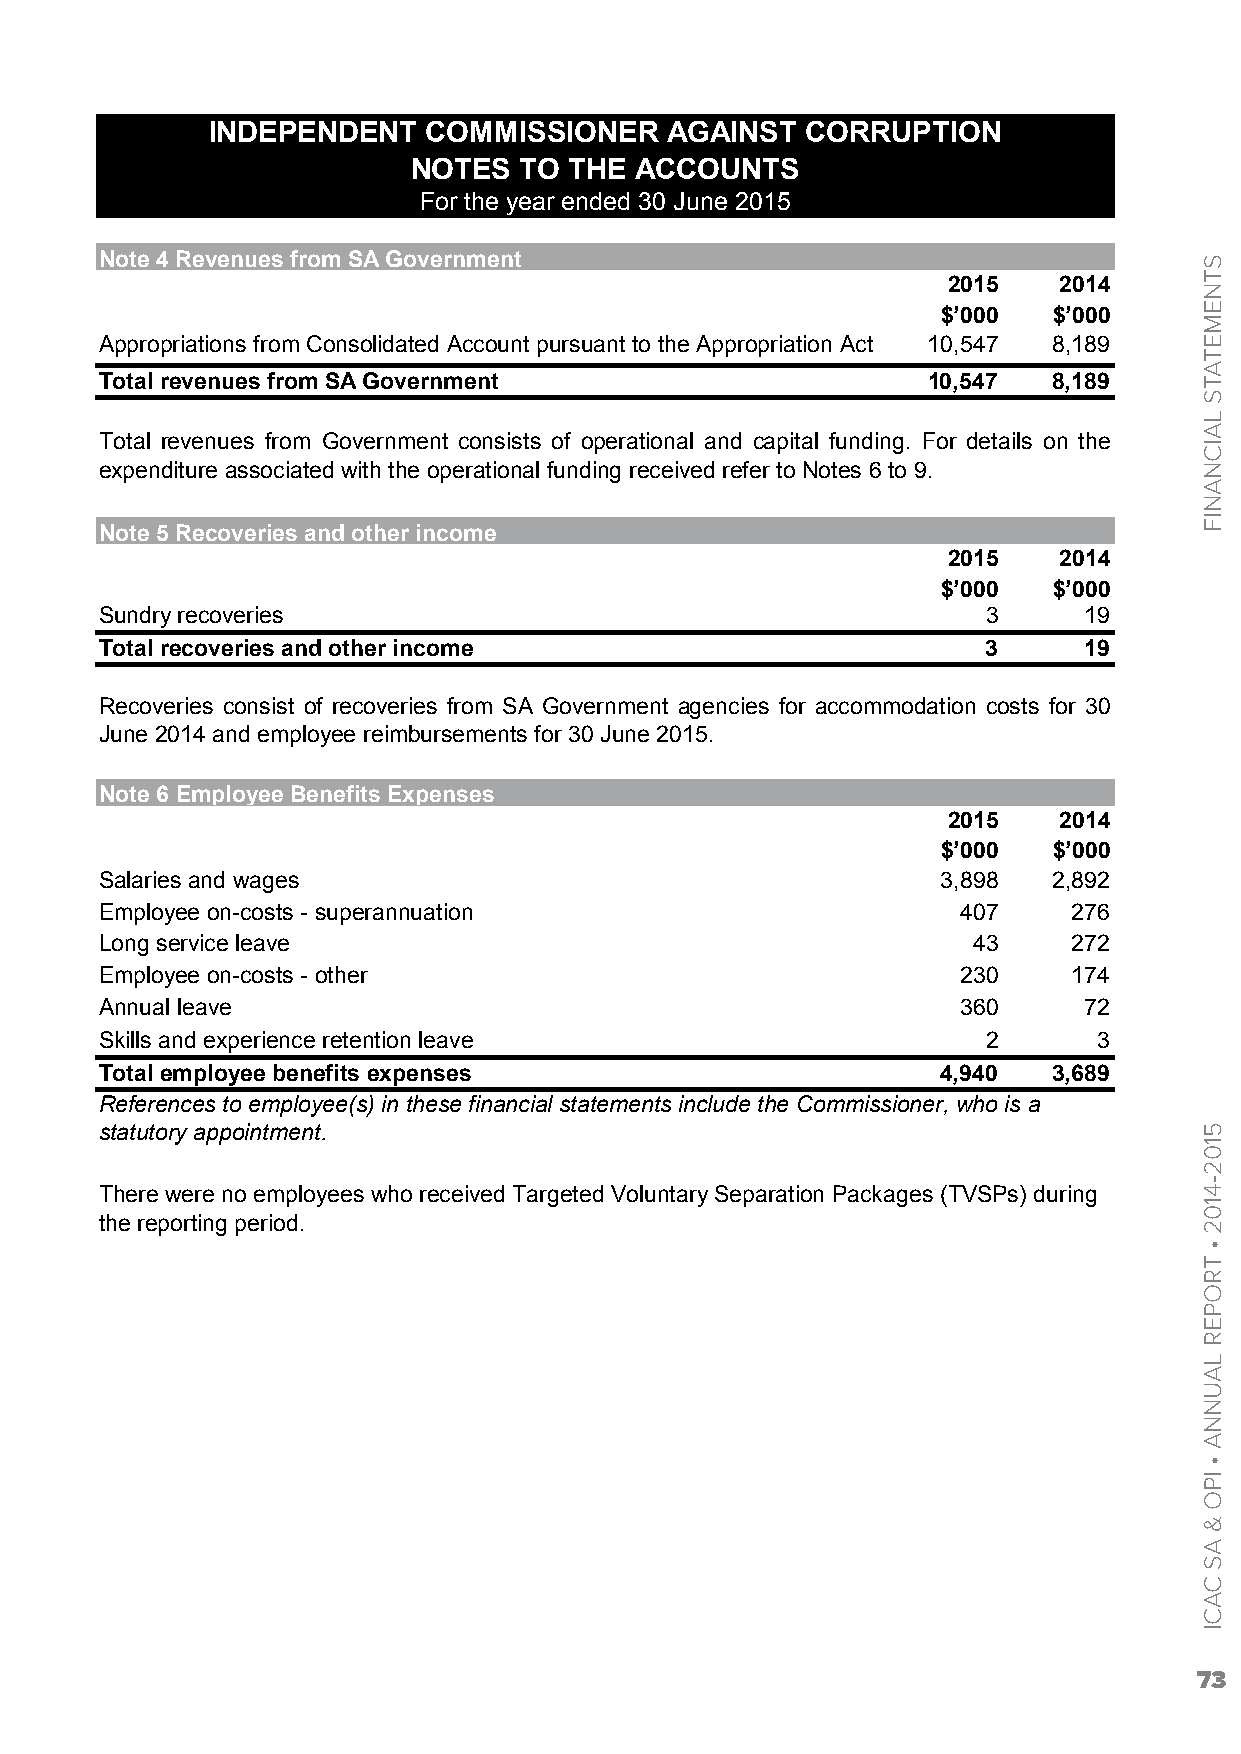
INDEPENDENT   COMMISSIONER    AGAINST  CORRUPTION
 NOTES  TO  THE ACCOUNTS
 For the year ended 30 June 2015
 Note 4 Revenues from SA Government
 2015   2014
 $’000   $’000
 Appropriations from Consolidated Account pursuant to the Appropriation Act 10,547 8,189
 Total revenues from SA Government                     10,547   8,189
 Total revenues from Government consists of operational and capital funding. For details on the
 expenditure associated with the operational funding received refer to Notes 6 to 9.
 Note 5 Recoveries and other income
 2015   2014
 $’000   $’000
 Sundry recoveries                                         3      19
 Total recoveries and other income                         3      19
 Recoveries consist of recoveries from SA Government agencies for accommodation costs for 30
 June 2014 and employee reimbursements for 30 June 2015.
 Note 6 Employee Benefits Expenses
 2015   2014
 $’000   $’000
 Salaries and wages                                     3,898   2,892
 Employee on-costs - superannuation                       407    276
 Long service leave                                       43     272
 Employee on-costs - other                                230    174
 Annual leave                                             360     72
 Skills and experience retention leave                     2       3
 Total employee benefits expenses                       4,940   3,689
 References to employee(s) in these financial statements include the Commissioner, who is a
 statutory appointment.
 There were no employees who received Targeted Voluntary Separation Packages (TVSPs) during
 the reporting period.
 73
 STNEMETATS
 LAICNANIF
 5102-4102
 •
 TROPER
 LAUNNA
 •
 IPO
 &
 AS
 CACI